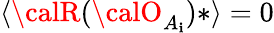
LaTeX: \langle{\calR}({\calO}_{A_{\mathbf{i}}})*\rangle=0